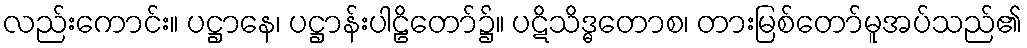
လည်းကောင်း။ ပဋ္ဌာနေ၊ ပဋ္ဌာန်းပါဠိတော်၌။ ပဋိသိဒ္ဓတောစ၊ တားမြစ်တော်မူအပ်သည်၏